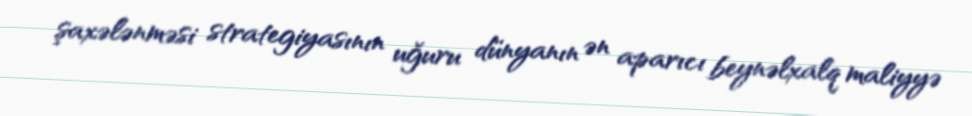
şaxələnməsi strategiyasının uğuru dünyanın ən aparıcı beynəlxalq maliyyə